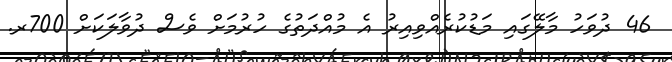
46 ދުވަހު މާލޭގައި މަޑުކުރެއްވިއިރު އެ މުއްދަތުގެ ހުރުމަށް ވެސް ދުވާލަކަށް 700ރ.